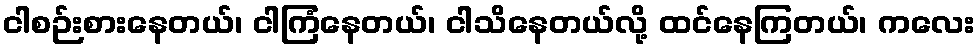
ငါစဉ်းစားနေတယ်၊ ငါကြံနေတယ်၊ ငါသိနေတယ်လို့ ထင်နေကြတယ်၊ ကလေး